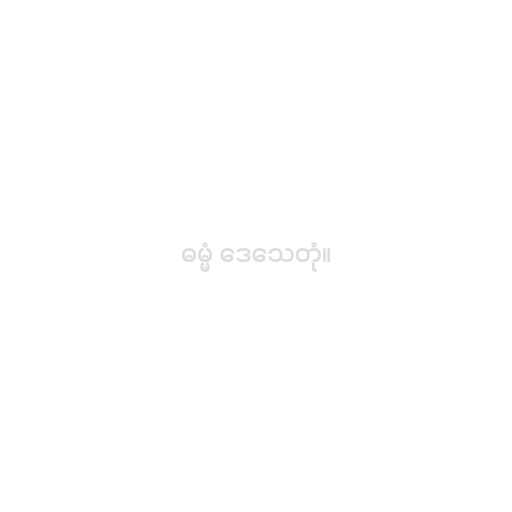
ဓမ္မံ ဒေသေတုံ။